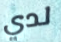
لدي